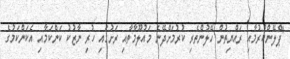
"ޕްލޭންކުރުމާއި ރައްޔިތުން ހޭލުންތެރި ކުރުމަށްދޭނެ މައުލޫމާތާއި ރަށުގައި ހުރި ނާޒުކު ކަންކަމާއި އެކަންކަމުގެ